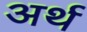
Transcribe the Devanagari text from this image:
अर्थ